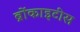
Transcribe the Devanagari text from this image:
ब्रोंकाइटीस